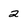
Character: 2